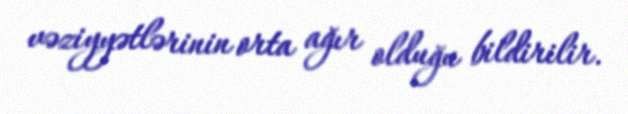
vəziyyətlərinin orta ağır olduğu bildirilir.